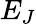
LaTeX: E_{J}